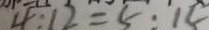
4 : 1 2 = 5 : 1 5